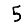
Digit: 5